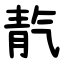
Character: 靔